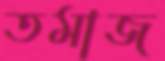
তমাজ